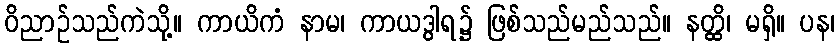
ဝိညာဉ်သည်ကဲသို့။ ကာယိကံ နာမ၊ ကာယဒွါရ၌ ဖြစ်သည်မည်သည်။ နတ္ထိ၊ မရှိ။ ပန၊